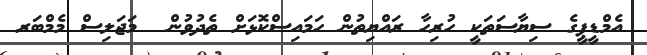
އެމްޑީޕީގެ ސިޔާސަތަކީ ހުރިހާ ރައްޔިތުން ހަމައިސްކޮޅަށް ތެދުވުން  މަޖަލިސް މެމްބަރ